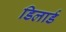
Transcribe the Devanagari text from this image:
डिलार्ड